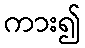
ကား၍